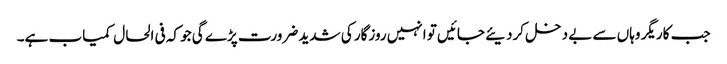
جب کاریگر وہاں سے بے دخل کردیئے جائیں تو انہیں روزگار کی شدید ضرورت پڑے گی جو کہ فی الحال کمیاب ہے۔